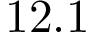
1 2 . 1